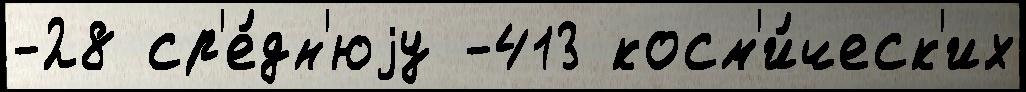
-28 ср'е́дн'юjу -413 косм'и́ческ'их